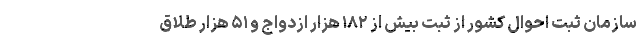
سازمان ثبت احوال کشور از ثبت بیش از ۱۸۲ هزار ازدواج و ۵۱ هزار طلاق